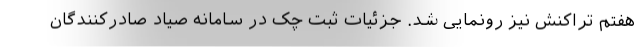
هفتم تراکنش نیز رونمایی شد. جزئیات ثبت چک در سامانه صیاد صادرکنندگان